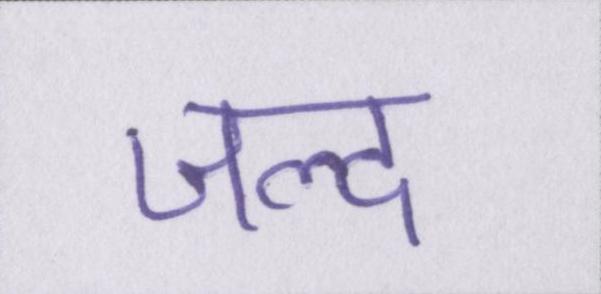
जल्द